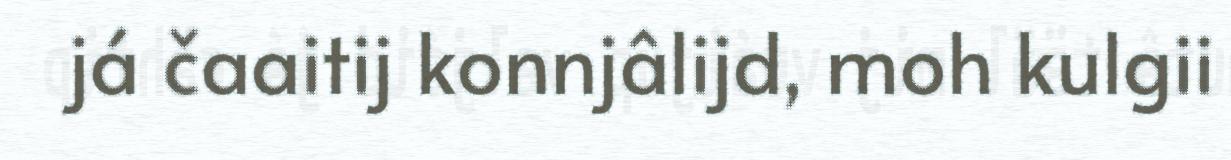
já čaaitij konnjâlijd, moh kulgii